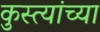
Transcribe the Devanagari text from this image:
कुस्त्यांच्या